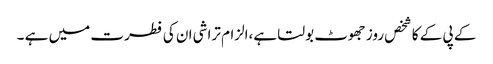
کے پی کے کا شخص روز جھوٹ بولتا ہے،الزام تراشی ان کی فطرت میں ہے ۔